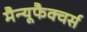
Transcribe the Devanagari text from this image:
मैन्यूफैक्चर्स